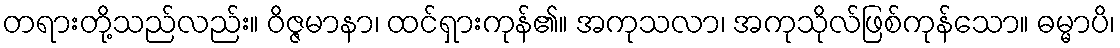
တရားတို့သည်လည်း။ ဝိဇ္ဇမာနာ၊ ထင်ရှားကုန်၏။ အကုသလာ၊ အကုသိုလ်ဖြစ်ကုန်သော။ ဓမ္မာပိ၊